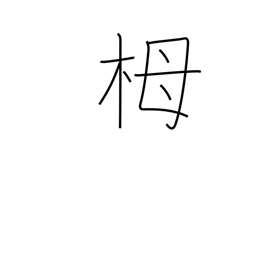
Meaning: hemlock